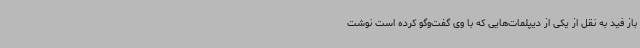
باز فید به نقل از یکی از دیپلمات‌هایی که با وی گفت‌وگو کرده است نوشت